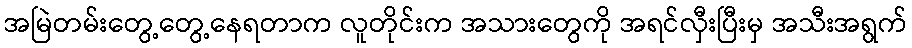
အမြဲတမ်းတွေ့တွေ့နေရတာက လူတိုင်းက အသားတွေကို အရင်လှီးပြီးမှ အသီးအရွက်